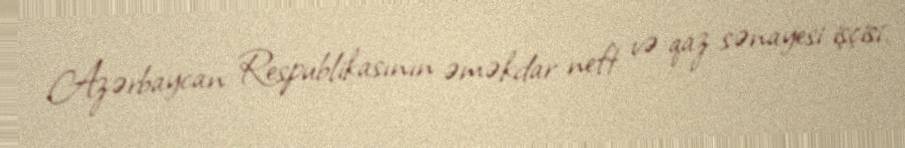
Azərbaycan Respublikasının əməkdar neft və qaz sənayesi işçisi.